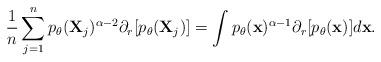
LaTeX: \begin{align*}\frac{1}{n} \sum\limits_{j=1}^n p_\theta(\textbf{X}_j)^{\alpha -2}\partial_r [p_\theta (\textbf{X}_j)] =\int p_\theta({\bf{x}})^{\alpha -1} \partial_r [p_\theta ({\bf{x}})] d{\bf{x}}.\end{align*}